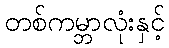
တစ်ကမ္ဘာလုံးနှင့်